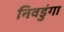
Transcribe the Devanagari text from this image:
निवडुंगा